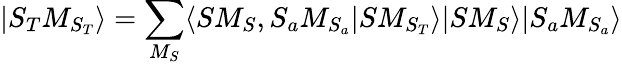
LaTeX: |S_{T}M_{S_{T}}\rangle=\sum_{M_{S}}\langle SM_{S},S_{a}M_{S_{a}}|SM_{S_{T}}\rangle|SM_{S}\rangle|S_{a}M_{S_{a}}\rangle